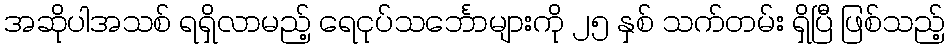
အဆိုပါအသစ် ရရှိလာမည့် ရေငုပ်သင်္ဘောများကို ၂၅ နှစ် သက်တမ်း ရှိပြီ ဖြစ်သည့်